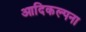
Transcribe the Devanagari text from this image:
आदिकल्पना